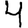
Digit: 4